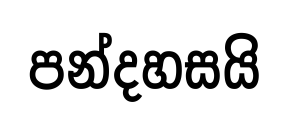
පන්දහසයි